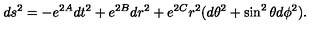
d s ^ { 2 } = - e ^ { 2 A } d t ^ { 2 } + e ^ { 2 B } d r ^ { 2 } + e ^ { 2 C } r ^ { 2 } ( d \theta ^ { 2 } + \sin ^ { 2 } \theta d \phi ^ { 2 } ) .